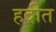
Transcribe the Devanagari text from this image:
हदीत